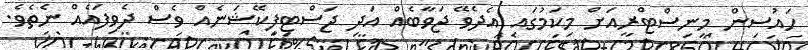
ހައުސިން މިނިސްޓްރީއަށް މިކަމުގައި އެދެވޭ ޖަވާބެއް އަދި ޖަސްޓިފިކޭޝަނެއް ވެސް ދެވިފައެއް ނެތެވެ.